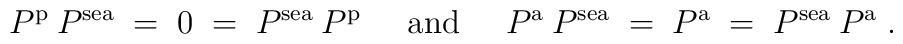
P^{\mbox{\scriptsize{p}}} \:P^{\mbox{\scriptsize{sea}}} \;=\; 0 \;=\;P^{\mbox{\scriptsize{sea}}} \:P^{\mbox{\scriptsize{p}}} \;\;\;\;\;{\mbox{and}}\;\;\;\;\;P^{\mbox{\scriptsize{a}}} \:P^{\mbox{\scriptsize{sea}}} \;=\; P^{\mbox{\scriptsize{a}}} \;=\;P^{\mbox{\scriptsize{sea}}} \:P^{\mbox{\scriptsize{a}}} \;.